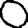
Digit: 0